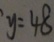
y = 4 8